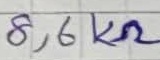
Text: 8,6KΩ